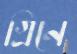
গ্রিনে